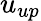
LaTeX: u_{up}